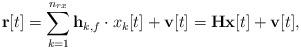
LaTeX: \begin{align*} \mathbf{r}[t]= \sum_{k = 1}^{n_{rx}} \mathbf{h}_{k,f} \cdot x_{k}[t]+\mathbf{v}[t] = \mathbf{H}\mathbf{x}[t] + \mathbf{v}[t],\end{align*}